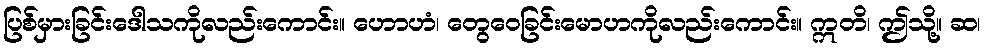
ပြစ်မှားခြင်းဒေါသကိုလည်းကောင်း။ ဟောဟံ၊ တွေဝေခြင်းမောဟကိုလည်းကောင်း။ ဣတိ၊ ဤသို့။ ဆ၊